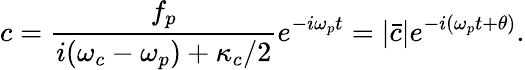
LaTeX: c=\frac{f_{p}}{i(\omega_{c}-\omega_{p})+\kappa_{c}/2}e^{-i\omega_{p}t}=|\bar{c}|e^{-i(\omega_{p}t+\theta)}.